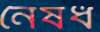
নৈষধ